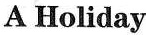
A Holiday